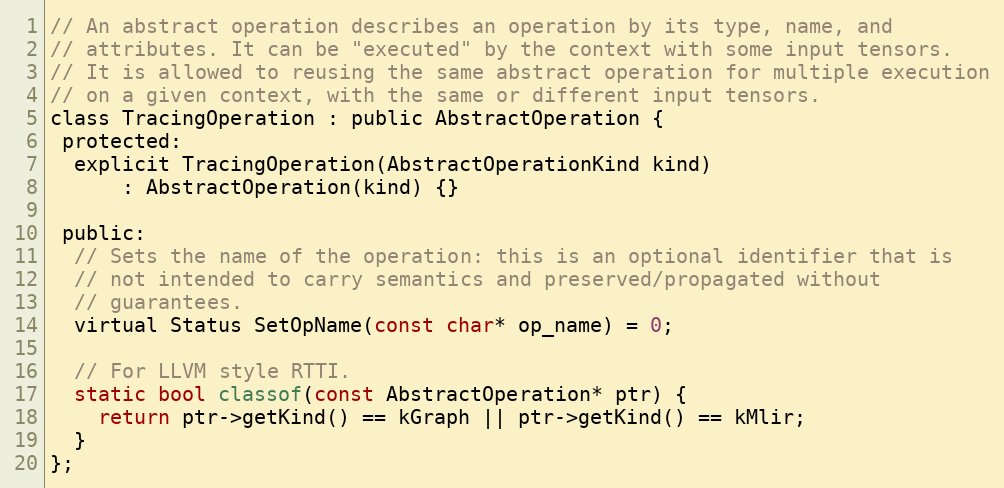
Language: C
// An abstract operation describes an operation by its type, name, and
// attributes. It can be "executed" by the context with some input tensors.
// It is allowed to reusing the same abstract operation for multiple execution
// on a given context, with the same or different input tensors.
class TracingOperation : public AbstractOperation {
 protected:
  explicit TracingOperation(AbstractOperationKind kind)
      : AbstractOperation(kind) {}

 public:
  // Sets the name of the operation: this is an optional identifier that is
  // not intended to carry semantics and preserved/propagated without
  // guarantees.
  virtual Status SetOpName(const char* op_name) = 0;

  // For LLVM style RTTI.
  static bool classof(const AbstractOperation* ptr) {
    return ptr->getKind() == kGraph || ptr->getKind() == kMlir;
  }
};